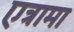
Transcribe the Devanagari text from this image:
एत्रामा